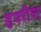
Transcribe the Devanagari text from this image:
डगरीया